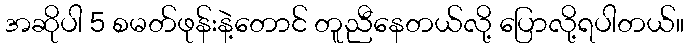
အဆိုပါ 5 စမတ်ဖုန်းနဲ့တောင် တူညီနေတယ်လို့ ပြောလို့ရပါတယ်။